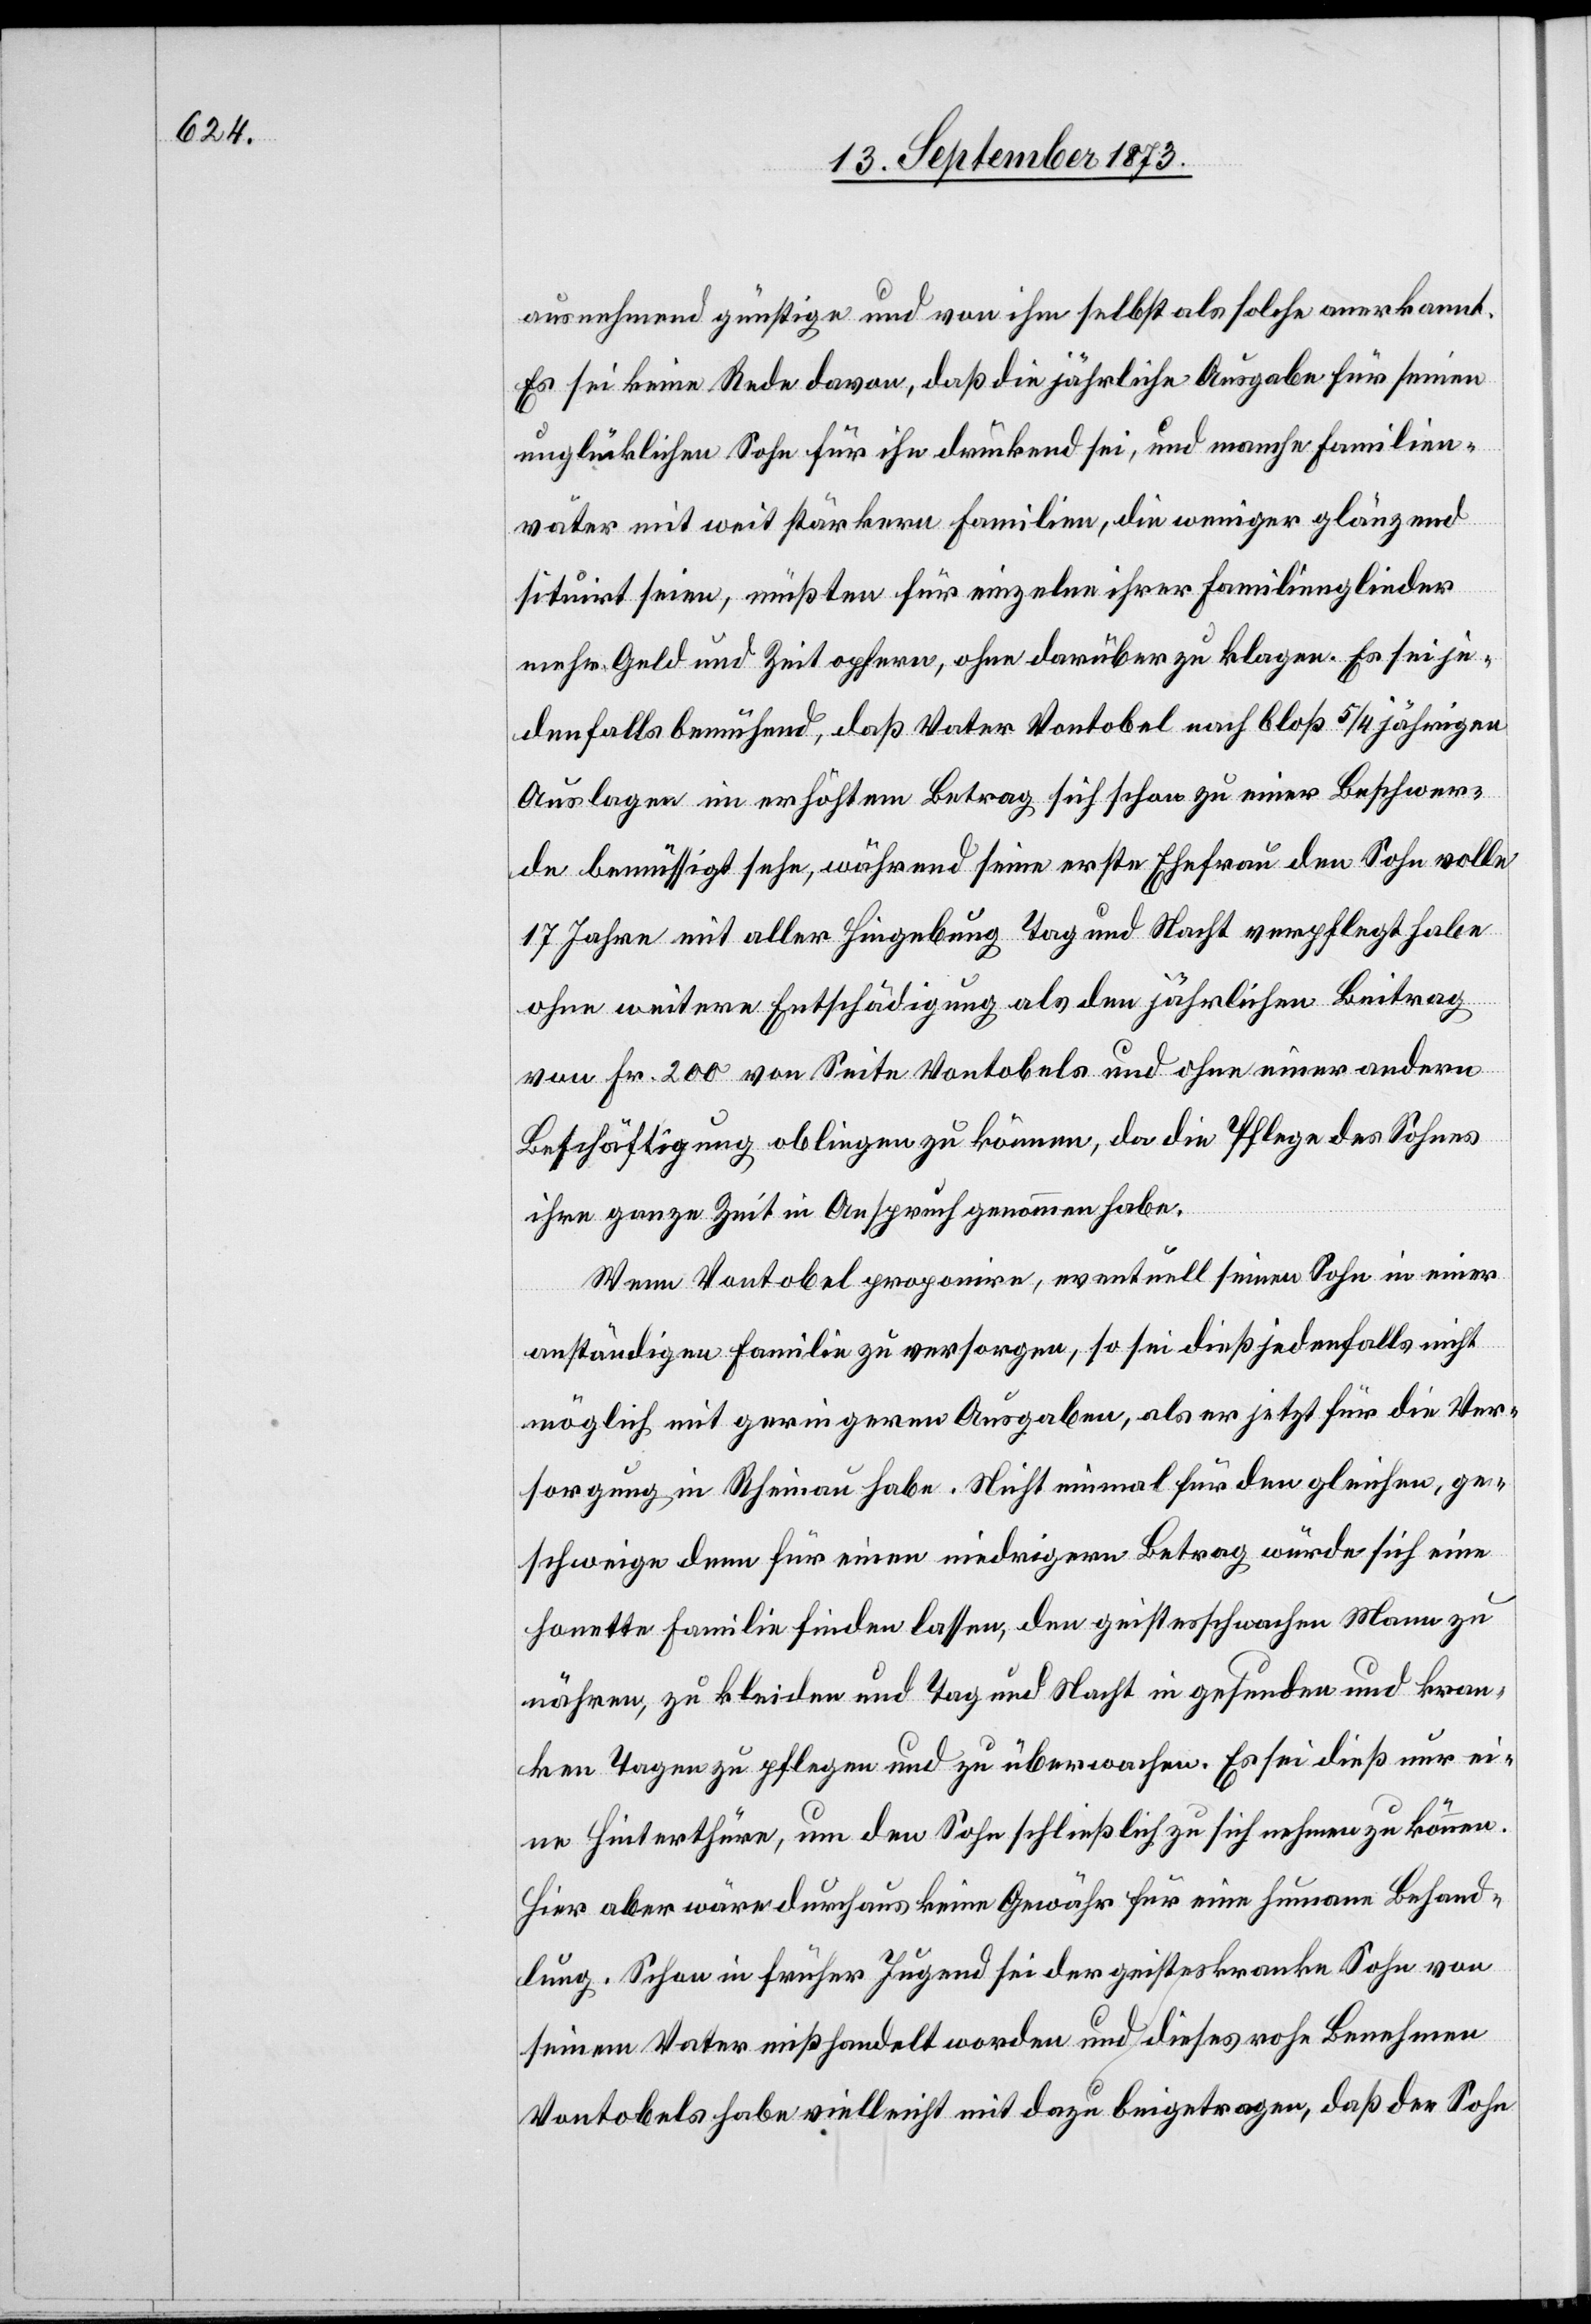
ausnehmend günstige und von ihm selbst als solche anerkannt.
Es sei keine Rede davon, daß die jährliche Ausgabe für seinen
unglücklichen Sohn für ihn drückend sei, und manche Familien¬
väter mit weit stärkern Familien, die weniger glänzend
situirt seien, müßten für einzelne ihrer Familienglieder
mehr Geld und Zeit opfern, ohne darüber zu klagen. Es sei je¬
denfalls bemühend, daß Vater Vontobel nach bloß 5/4 jährigen
Auslagen im erhöhten Betrag sich schon zu einer Beschwer¬
de bemüssigt sehe, während seine erste Ehefrau den Sohn volle
17 Jahre mit aller Hingebung Tag und Nacht verpflegt habe
ohne weitere Entschädigung als den jährlichen Beitrag
von Fr. 200 von Seite Vontobels und ohne einer andern
Beschäftigung obliegen zu können, da die Pflege des Sohnes
ihre ganze Zeit in Anspruch genommen habe.
Wenn Vontobel proponire, eventuell seine Sohn in einer
anständigen Familie zu versorgen, so sei dieß jedenfalls nicht
möglich mit geringern Ausgaben, als er jetzt für die Ver¬
sorgung in Rheinau habe. Nicht einmal für den gleichen, ge¬
schweige denn für einen niedrigern Betrag würde sich eine
honette Familie finden lassen, den geistesschwachen Mann zu
nähren, zu kleiden und Tag und Nacht in gesunden und kran¬
ken Tagen zu pflegen und zu überwachen. Es sei dieß nur ei¬
ne Hinterthüre, um den Sohn schließlich zu sich nehmen zu können.
Hier aber wäre durchaus keine Gewähr für eine humane Behand¬
lung. Schon in früher Jugend sei der geisteskranke Sohn von
seinem Vater mißhandelt worden und dieses rohe Benehmen
Vontobels habe vielleicht mit dazu beigetragen, daß der Sohn